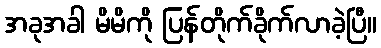
အခုအခါ မိမိကို ပြန်တိုက်ခိုက်လာခဲ့ပြီ။